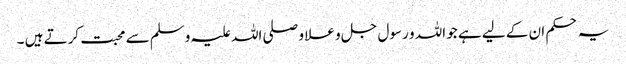
یہ حکم ان کے لیے ہے جو اللہ و رسول جل و علا و صلی اللہ علیہ وسلم سے محبت کرتے ہیں ۔